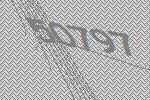
50797